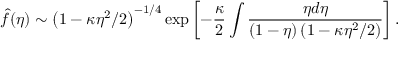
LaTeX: \hat { f } ( \eta ) \sim \left( 1 - \kappa \eta ^ { 2 } / 2 \right) ^ { - 1 / 4 } \exp \left[ - \frac { \kappa } 2 \int \frac { \eta d \eta } { ( 1 - \eta ) \left( 1 - \kappa \eta ^ { 2 } / 2 \right) } \right] .